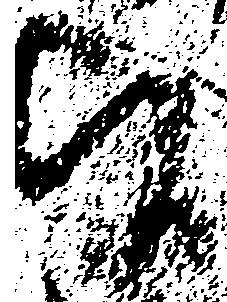
旨